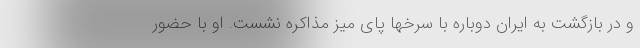
و در بازگشت به ایران دوباره با سرخها پای میز مذاکره نشست. او با حضور